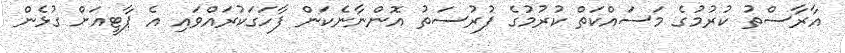
އާރާސްތު ކުރުމުގެ މަސައްކަތް ކުރުމުގެ ފުުރުސަތު އޮންނާނެކަން ފާހަގަކުރައްވައި އެ ޕާޓީއަށް ގުޅެން